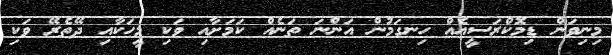
މިނިވަން ޑިމޮކްރަސީއެއް ހިނގަމުން އަންނަ ތަނެއް ކަމަށާއި ވަކި މީހަކާއި ދޭތެރޭ ވަކި